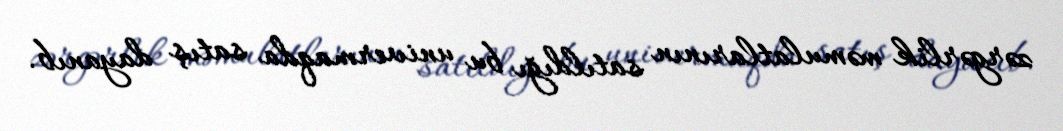
zərgərlik məmulatlarının satıldığı bu univermaqda satış dayanıb.